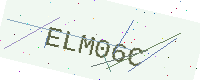
Text: ELM06C